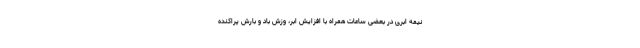
نیمه ابری در بعضی ساعات همراه با افزایش ابر، وزش باد و بارش پراکنده